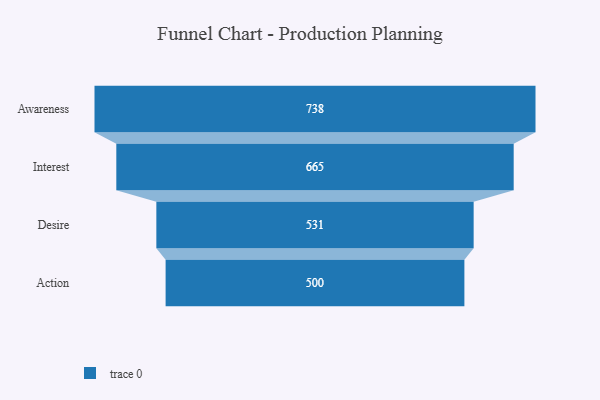
{"axis": {"x": "Stage", "y": "Value"}, "legend": [""], "data": [{"x": "Awareness", "y": 738.0, "type": ""}, {"x": "Interest", "y": 665.0, "type": ""}, {"x": "Desire", "y": 531.0, "type": ""}, {"x": "Action", "y": 500, "type": ""}]}